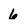
Character: 6